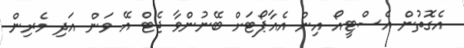
އެގޮތުން އެސްޓީއޯ އިން އެއާޕޯޓަށް ބޭނުންވާ ޖެޓް އޭ ވަން އަދި މެރިން